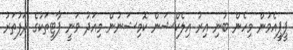
ޕީޕީއެމުން މިހެން ބުނި އިރު އިލެކްޝަން ކޮމިޝަނުން މިއަދު ވަނީ ޕާޓީތަކުގެ ދަފުތަރު